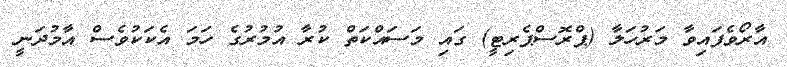
އާރޯވެފައިވާ މަރުހަލާ (ޕްރޮސްޕެރިޓީ) ގައި މަސައްކަތް ކުރާ އުމުރުގެ ހަމަ އެކަކުވެސް އާމުދަނީ